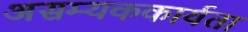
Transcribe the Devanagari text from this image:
असम्यककार्यता